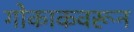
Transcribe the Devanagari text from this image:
गोकाकवरून